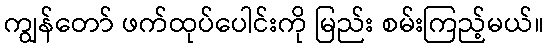
ကျွန်တော် ဖက်ထုပ်ပေါင်းကို မြည်း စမ်းကြည့်မယ်။